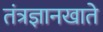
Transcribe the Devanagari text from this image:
तंत्रज्ञानखाते